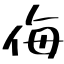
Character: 侮